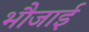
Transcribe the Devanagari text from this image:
भौजाई